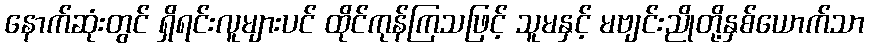
နောက်ဆုံးတွင် ရှိရင်းလူများပင် ထိုင်ကုန်ကြသဖြင့် သူမနှင့် မဗျင်းညိုတို့နှစ်ယောက်သာ